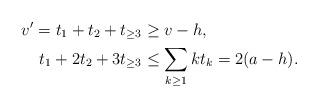
LaTeX: \begin{align*} v'=t_1+ t_2+ t_{\geq 3} &\geq v-h, \\t_1+2t_2+3t_{\geq 3}&\leq \sum_{k\geq 1}kt_k=2(a-h). \end{align*}